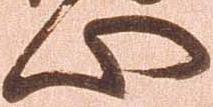
心